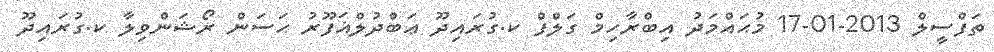
ތަފްސީލް 2013-01-17 މުޙައްމަދު އިބްރާހިމް ގަލްފް ކ.ގުރައިދޫ ޢަބްދުލްޣަފޫރު ޙަސަން ރޯޝަންވިލާ ކ.ގުރައިދޫ